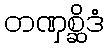
တဏှစ္ဆိဒံ